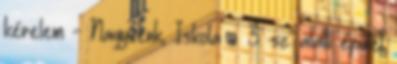
kérelem - Nagycenk, Iskola u. 3. sz. alatti épület